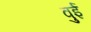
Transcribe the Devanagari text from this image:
वुई